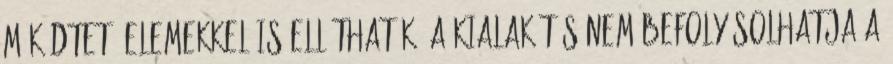
mûködtetõ elemekkel is elláthatók. A kialakítás nem befolyásolhatja a